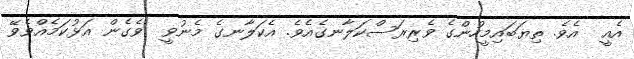
އެއީ  އެވެ. ތިޔަބައިމީހުންގެ ވެރިރަސްކަލާނގެއެވެ. އެކަލާނގެ މެނުވީ  ވެގެން އަޅުކަމެއްވެވޭ